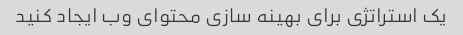
یک استراتژی برای بهینه سازی محتوای وب ایجاد کنید